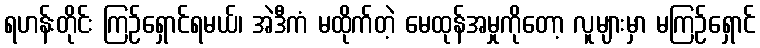
ရဟန်းတိုင်း ကြဉ်ရှောင်ရမယ်၊ အဲဒီကံ မထိုက်တဲ့ မေထုန်အမှုကိုတော့ လူများမှာ မကြဉ်ရှောင်